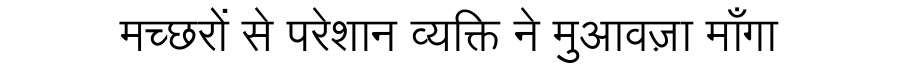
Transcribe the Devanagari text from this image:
मच्छरों से परेशान व्यक्ति ने मुआवज़ा माँगा